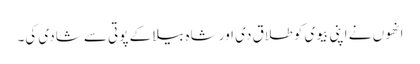
انھوں نے اپنی بیوی کو طلاق دی اور شاہ بیلا کے پوتی سے شادی کی۔